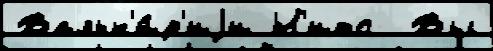
Вальк'и́р'иjи Н'итс  Вы